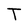
Character: T